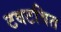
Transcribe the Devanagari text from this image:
टवटवित